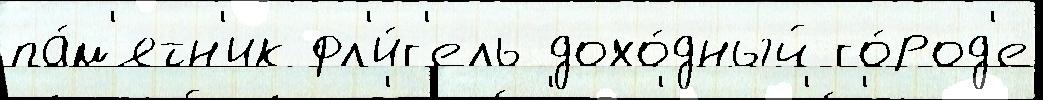
па́м'ятн'ик фл'и́г'ель дохо́дный го́род'е